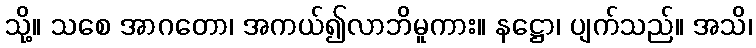
သို့။ သစေ အာဂတော၊ အကယ်၍လာဘိမူကား။ နဋ္ဌော၊ ပျက်သည်။ အသိ၊